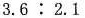
3.6:2.1